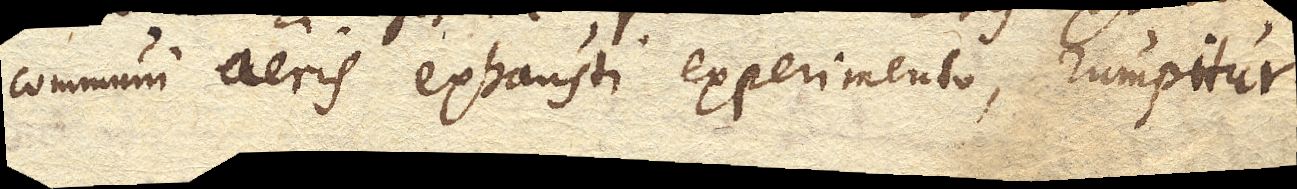
communi aeris exhausti experimento, rumpitur.